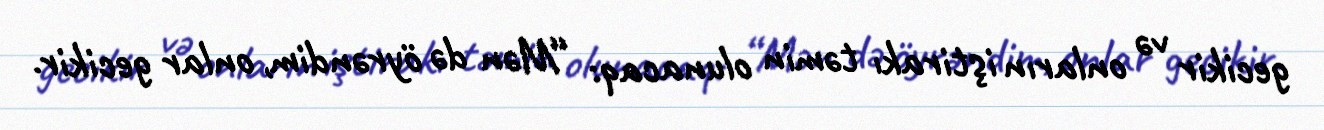
gecikir və onların iştirakı təmin olunacaq: “Mən də öyrəndim, onlar gecikir.